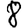
Digit: 8